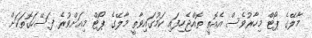
މާލޭގެ ޕޯޓް މިހާރުވެސް އެއޮތީ ތޮއްޖެހިފައި ކަމުގައިވާތީ މާލޭގެ ޕޯޓް މިއަށްވުރެ ފަސޭހަގޮތަކަށް